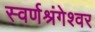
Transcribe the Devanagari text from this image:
स्वर्णश्रंगेश्वर